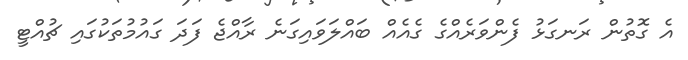
އެ ގޮތުން ރަނގަޅު ފެންވަރެއްގެ ގެއެއް ބައްލަވައިގަނެ ރާއްޖެ ފަދަ ގައުމުތަކުގައި ޗުއްޓީ